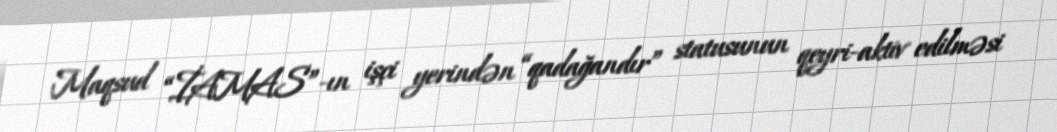
Maqsud “İAMAS”-ın işçi yerindən “qadağandır” statusunun qeyri-aktiv edilməsi